Annual report on the working of the mental hospitals in the Madras Presidency - 1912-1932
Year: 1912
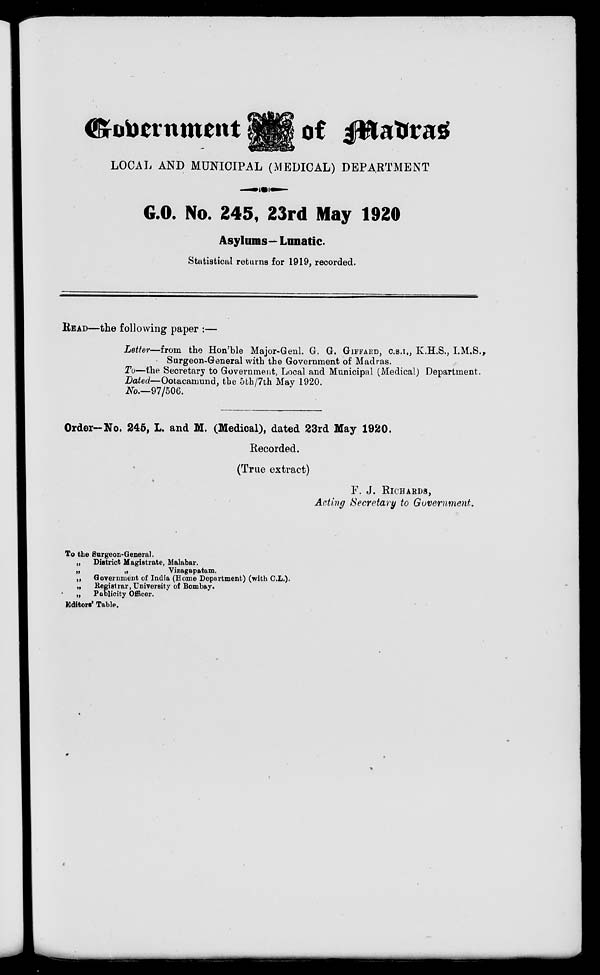
Government
of
Madras
LOCAL AND MUNICIPAL (MEDICAL) DEPARTMENT
G.O. No. 245, 23rd May 1920
Asylums— Lunatic.
Statistical returns for 1919, recorded.
READ—the following paper :—
Letter—from the Hon ble Major-Genl. G. G. GIFFARD, C.S.I., K.H.S., I.M.S.,
Surgeon-General with the Government of Madras.
To—the Secretary to Government, Local and Municipal (Medical) Department.
Dated—Ootacamund, the 5th/7th May 1920.
No.—97/506.
Order—No. 245, L. and M. (Medical), dated 23rd May 1920.
Recorded.
(True extract)
F. J. RICHARDS,
Acting Secretary to Government.
To the Surgeon-General.
„
District Magistrate, Malabar.
„
„
Vizagapatam.
„
Government of India (Home Department) (with C.L.).
„
Registrar, University of Bombay.
„
Publicity Officer.
Editors' Table.